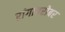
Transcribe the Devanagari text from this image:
रांगांबरोबर